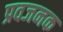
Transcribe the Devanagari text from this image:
प्रवजनक